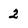
Character: 2